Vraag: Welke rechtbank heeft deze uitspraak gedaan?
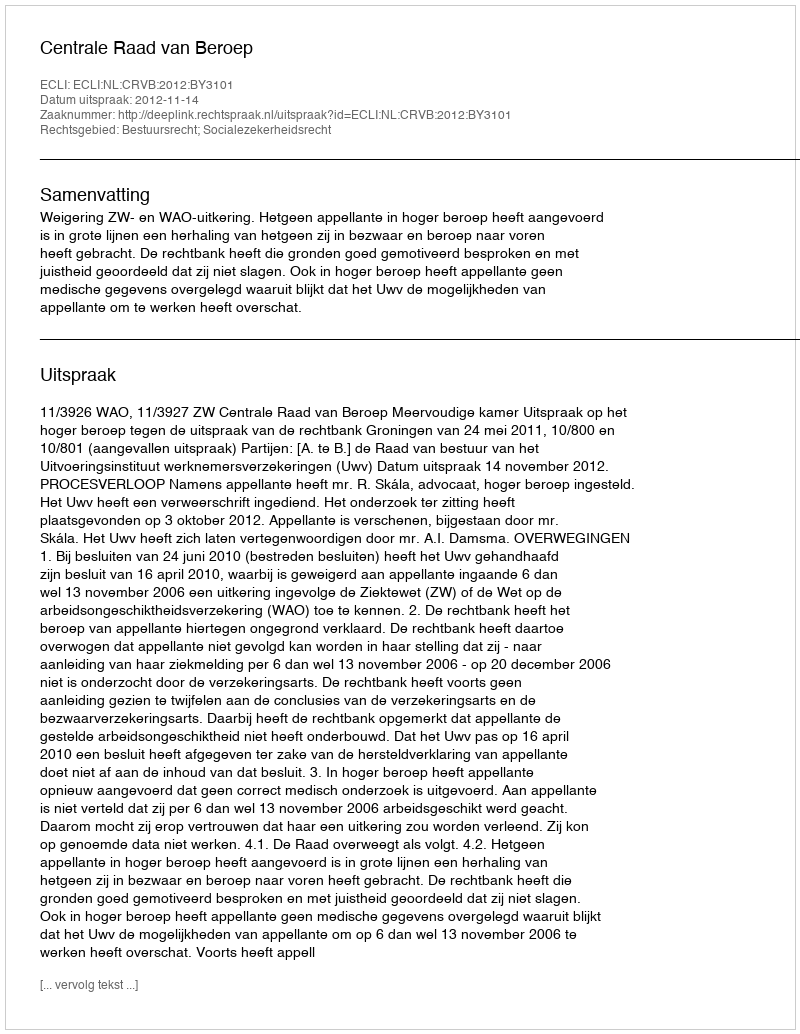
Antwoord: Centrale Raad van Beroep